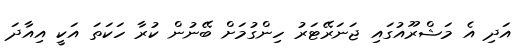
އަދި އެ މަޝްރޫއުގައި ޖަނަރޭޓަރު ހިންގުމަށް ބޭނުން ކުރާ ހަކަތަ އަކީ އިއާދަ